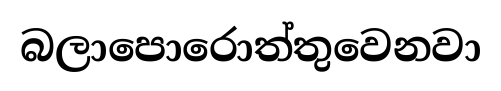
බලාපොරොත්තුවෙනවා